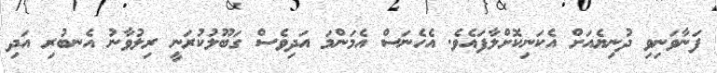
ފަނާވަނިވި ދުނިޔެއަށް އެކަނިކޮށްލާފައެވެ. އެހެނަސް އެމަންމަ އަދިވެސް ގަބޫލުކުރަނީ ރިލުވާނު އެނބުރި އަދި